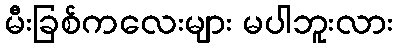
မီးခြစ်ကလေးများ မပါဘူးလား